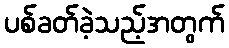
ပစ်ခတ်ခဲ့သည့်အတွက်